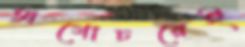
অগোচরেই